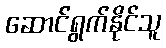
ဆောင်ရွက်နိုင်သူ